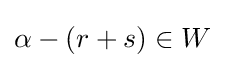
\alpha -(r+s)\in W